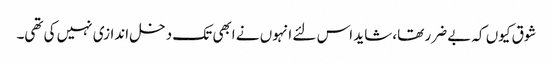
شوق کیوں کہ بے ضرر تھا، شاید اس لئے انہوں نے ابھی تک دخل اندازی نہیں کی تھی۔